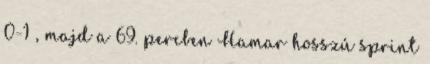
0-1 , majd a 69. percben Hamar hosszú sprint